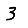
Digit: 3